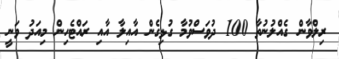
ރިލްވާން ގެއްލުނުތާ 100 ދުވަސްވުމާ ގުޅިގެން އާއިލާ އާއި ރައްޓެހިން މިއަދު ވަނީ